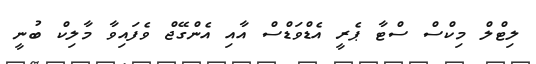
ލިޓްލް މިކްސް ސްޓާ ޕެރީ އެޑްވަޑްސް އާއި އެންގޭޖް ވެފައިވާ މާލިކް ބުނީ